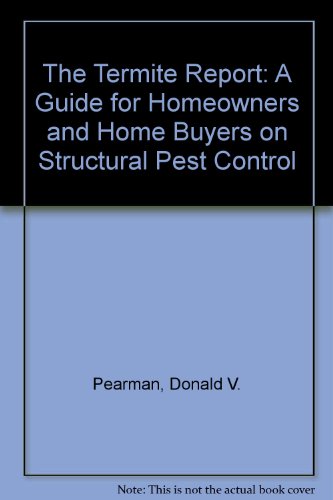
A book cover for The Termite Report: A Guide for Homeowners and Home Buyers on Structural Pest Control; Donald V. Pearman; Crafts, Hobbies & Home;